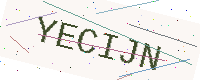
Text: YECIJN